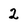
Character: 2